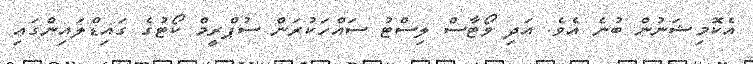
އެކޮމިޝަނުން ބުނެ އެވެ. އަދި ވޯޓާސް ލިސްޓު ސައްހަކުރަން ސުޕްރީމް ކޯޓުގެ ގައިޑްލައިންގައި